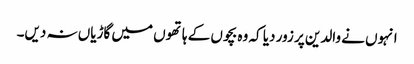
انہوں نے والدین پر زور دیا کہ وہ بچوں کے ہاتھوں میں گاڑیاں نہ دیں۔